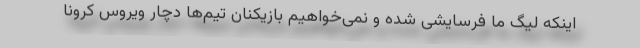
اینکه لیگ ما فرسایشی شده و نمی‌خواهیم بازیکنان تیم‌ها دچار ویروس کرونا